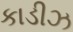
કાડીઝ